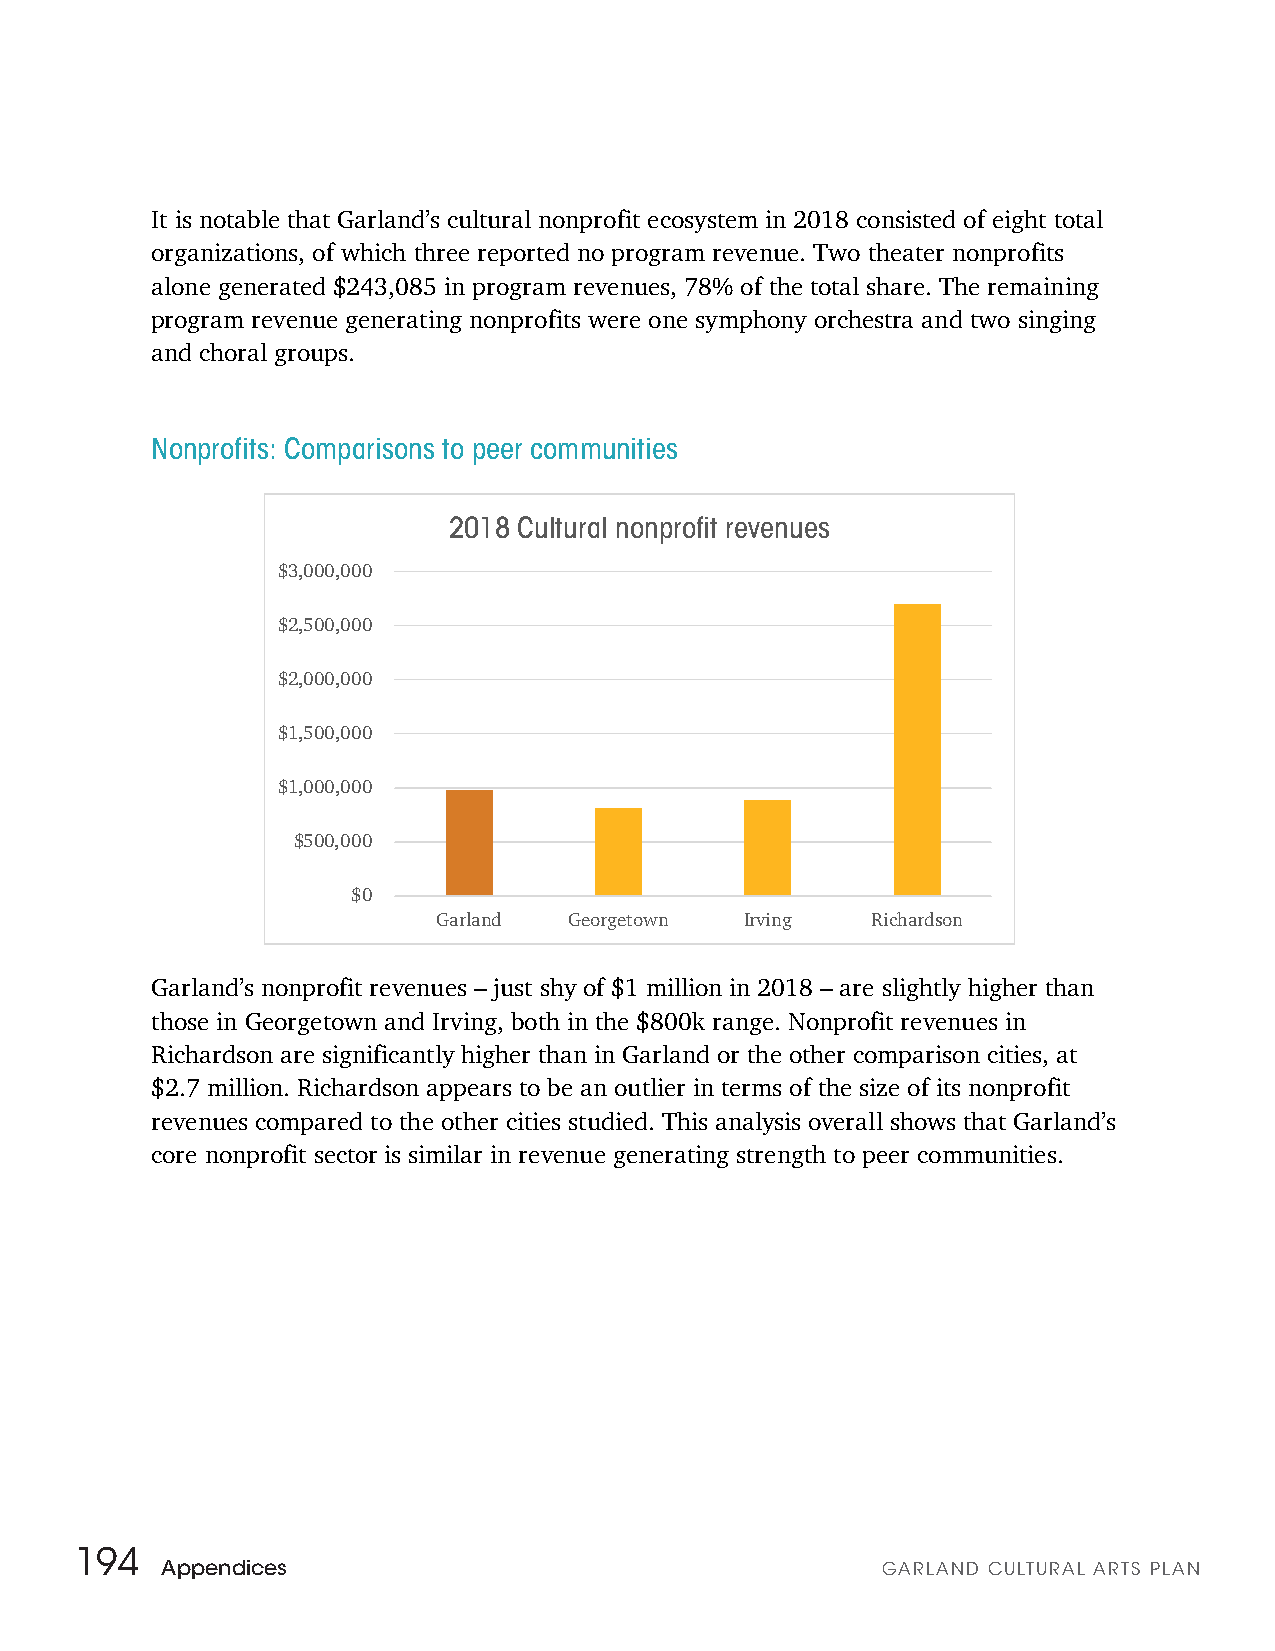
It is notable that Garland’s cultural nonprofit ecosystem in 2018 consisted of eight total
 organizations, of which three reported no program revenue. Two theater nonprofits
 alone generated $243,085 in program revenues, 78% of the total share. The remaining
 program revenue generating nonprofits were one symphony orchestra and two singing
 and choral groups.
 Nonprofits: Comparisons to peer communities
 2018 Cultural nonprofit revenues
 $3,000,000
 $2,500,000
 $2,000,000
 $1,500,000
 $1,000,000
 $500,000
 $0
 Garland  Georgetown Irving   Richardson
 Garland’s nonprofit revenues – just shy of $1 million in 2018 – are slightly higher than
 those in Georgetown and Irving, both in the $800k range. Nonprofit revenues in
 Richardson are significantly higher than in Garland or the other comparison cities, at
 $2.7 million. Richardson appears to be an outlier in terms of the size of its nonprofit
 revenues compared to the other cities studied. This analysis overall shows that Garland’s
 core nonprofit sector is similar in revenue generating strength to peer communities.
 194
 Appendices                                     GARLAND CULTURAL ARTS PLAN